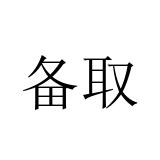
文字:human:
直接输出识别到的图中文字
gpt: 备取